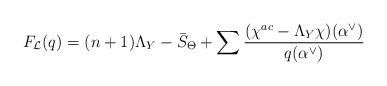
LaTeX: \begin{align*}F_{\mathcal{L}}(q)=(n+1)\Lambda_Y-\bar{S}_{\Theta}+\sum\frac{(\chi^{ac}-\Lambda_Y\chi)(\alpha^{\vee})}{q(\alpha^{\vee})}\end{align*}